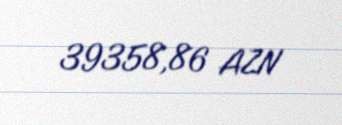
39358,86 AZN